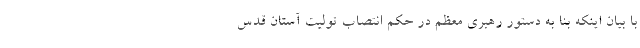
با بیان اینکه بنا به دستور رهبری معظم در حکم انتصاب تولیت آستان قدس